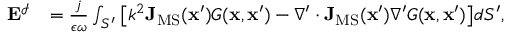
\begin{array} { r l } { \mathbf { E } ^ { \mathcal { I } } } & { = \frac { j } { \epsilon \omega } \int _ { S ^ { \prime } } \big [ k ^ { 2 } \mathbf { J } _ { \mathrm { M S } } ( \mathbf { x } ^ { \prime } ) G ( \mathbf { x } , \mathbf { x } ^ { \prime } ) - \nabla ^ { \prime } \cdot \mathbf { J } _ { \mathrm { M S } } ( \mathbf { x } ^ { \prime } ) \nabla ^ { \prime } G ( \mathbf { x } , \mathbf { x } ^ { \prime } ) \big ] d S ^ { \prime } , } \end{array}